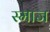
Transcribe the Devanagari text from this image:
स्माज